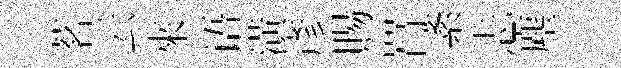
茗云來语潢彥賜罥紊忐塵